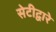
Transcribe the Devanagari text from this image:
सेटीद्वारे